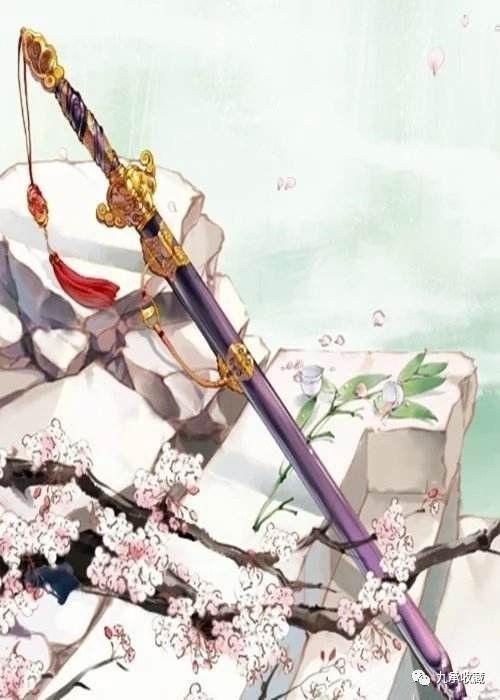
安得倚天剑，跨海斩长鲸。